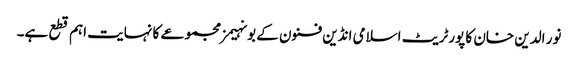
نور الدین خان کا پورٹریٹ اسلامی انڈین فنون کے بونہیمز مجموعے کا نہایت اہم قطع ہے۔